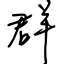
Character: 群